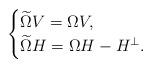
LaTeX: \begin{align*}\begin{cases}\widetilde\Omega V =\Omega V , \\\widetilde\Omega H= \Omega H-H^\perp. \end{cases}\end{align*}